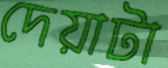
দেয়াটা